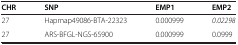
| CHR | SNP | EMP1 | EMP2 |
 | --- | --- | --- | --- |
 | 27 | Hapmap49086-BTA-22323 | 0.000999 | 0.02298 |
 | 27 | ARS-BFGL-NGS-65900 | 0.000999 | 0.0999 |